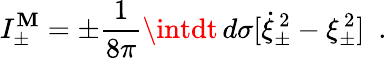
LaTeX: I_{\pm}^{\mathbf{M}}=\pm{\frac{{1}}{{8\pi}}}\intdt\, d\sigma[\dot{{\xi}}_{\pm}^{\, 2}-\xi_{\pm}^{\, 2}]~~.